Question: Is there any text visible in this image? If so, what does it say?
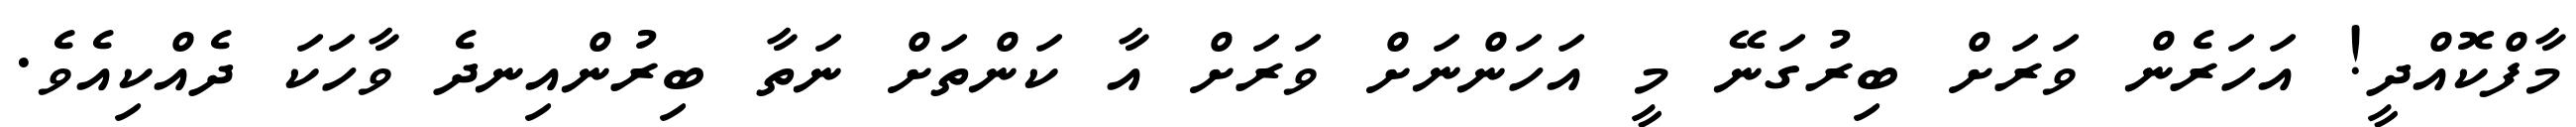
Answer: މާފްކޮއްދީ! އަހަރެން ވަރަށް ބިރުގަނޭ މީ އަހަންނަށް ވަރަށް އާ ކަންތަށް ނަތާ ބިރުންއިނދެ ވާހަކަ ދެއްކިއެވެ.